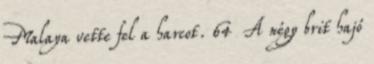
Malaya vette fel a harcot. 64 A négy brit hajó